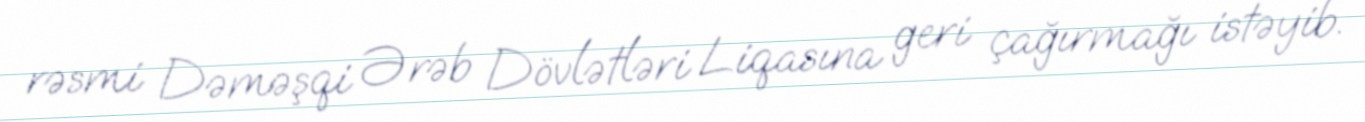
rəsmi Dəməşqi Ərəb Dövlətləri Liqasına geri çağırmağı istəyib.